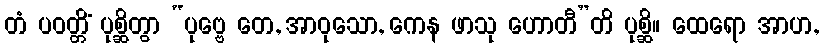
တံ ပဝတ္တိံ ပုစ္ဆိတွာ “ပုဗ္ဗေ တေ, အာဝုသော, ကေန ဖာသု ဟောတီ”တိ ပုစ္ဆိ။ ထေရော အာဟ,